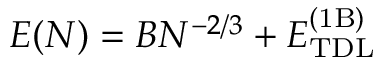
E ( N ) = B N ^ { - 2 / 3 } + E _ { \mathrm { T D L } } ^ { \mathrm { ( 1 B ) } }